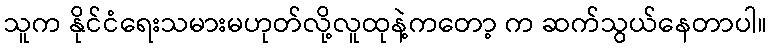
သူက နိုင်ငံရေးသမားမဟုတ်လို့လူထုနဲ့ကတော့ က ဆက်သွယ်နေတာပါ။